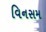
વિનસમ